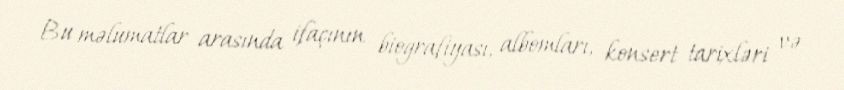
Bu məlumatlar arasında ifaçının biografiyası, albomları, konsert tarixləri və